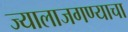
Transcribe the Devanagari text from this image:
ज्यालाजगण्याचा